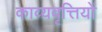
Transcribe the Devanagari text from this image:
काव्यवृत्तियों